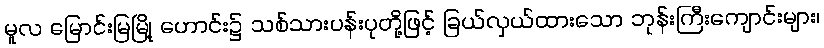
မူလ မြောင်းမြမြို့ ဟောင်း၌ သစ်သားပန်းပုတို့ဖြင့် ခြယ်လှယ်ထားသော ဘုန်းကြီးကျောင်းများ၊